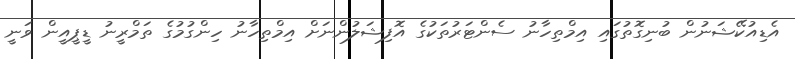
އެޑިއުކޭޝަނުން ބުނިގޮތުގައި އިމްތިހާނު ސެންޓަރުތަކުގެ އޮފިޝަލުންނަށް އިމްތިހާނު ހިންގުމުގެ ތަމްރީނު ޑީޕީއީން ވަނީ